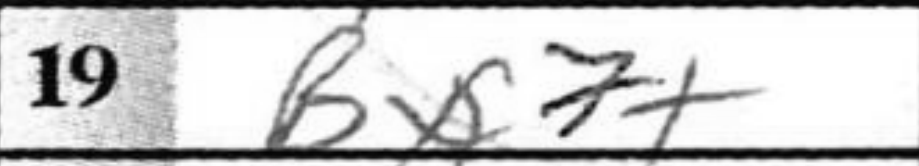
Transcription: Bx7+